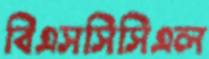
বিএসসিসিএল